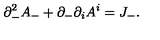
\partial _ { - } ^ { 2 } A _ { - } + \partial _ { - } \partial _ { i } A ^ { i } = J _ { - } .